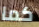
كما